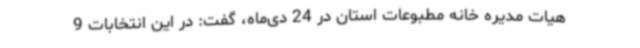
هیات مدیره خانه مطبوعات استان در 24 دی‌ماه، گفت: در این انتخابات 9